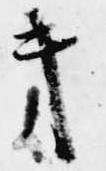
キ